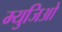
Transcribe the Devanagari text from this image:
म्युजिओ